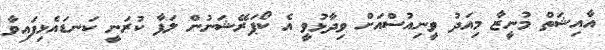
އާއިޝަތް މުނީޒާ މިއަދު ވީނިއުސްއަށް ވިދާޅުވީ އެ ކޯޕަރޭޝަނުން ލަފާ ކުރަނީ ކަނޑައެޅިފައިވާ